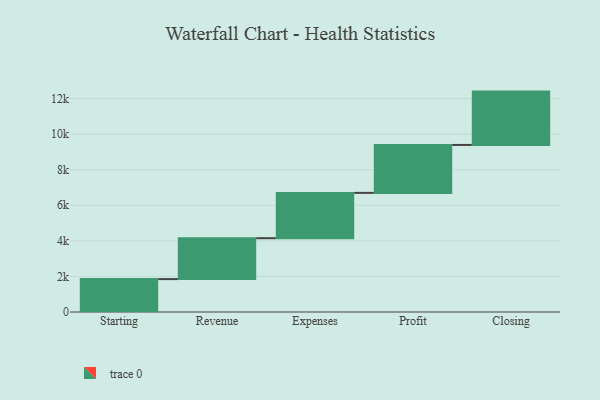
{"axis": {"x": "Step", "y": "Value"}, "legend": [""], "data": [{"x": "Starting", "y": 1850.0, "type": ""}, {"x": "Revenue", "y": 2300.0, "type": ""}, {"x": "Expenses", "y": 2548.0, "type": ""}, {"x": "Profit", "y": 2695.0, "type": ""}, {"x": "Closing", "y": 3000, "type": ""}]}